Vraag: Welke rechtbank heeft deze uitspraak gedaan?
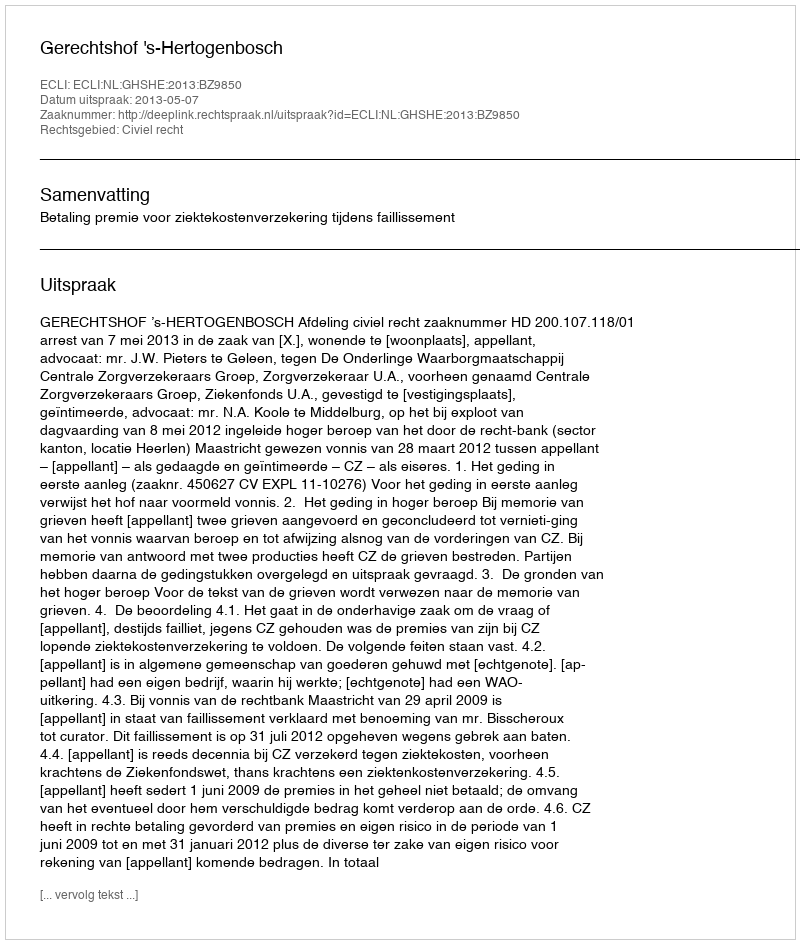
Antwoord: Gerechtshof 's-Hertogenbosch